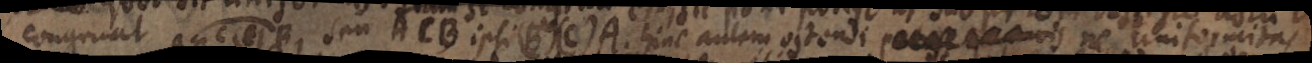
congruat C, E, B, seu ACB ipsi (B) (C) A. hinc autem ostendi _ ne uniformitas